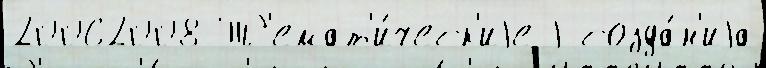
20062008 Т'емат'и́ческ'иjе j созда́н'иjа